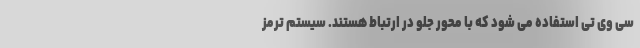
سی وی تی استفاده می شود که با محور جلو در ارتباط هستند. سیستم ترمز